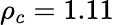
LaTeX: \rho_{c}=1.11